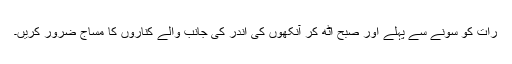
رات کو سونے سے پہلے اور صبح اٹھ کر آنکھوں کی اندر کی جانب والے کناروں کا مساج ضرور کریں۔